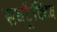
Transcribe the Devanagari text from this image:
सबट्रैक्टिव